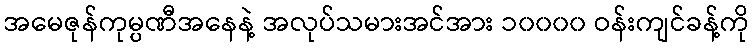
အမေဇုန်ကုမ္ပဏီအနေနဲ့ အလုပ်သမားအင်အား ၁၀၀၀၀ ဝန်းကျင်ခန့်ကို